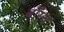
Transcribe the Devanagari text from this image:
बॉस्च